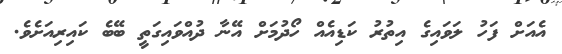
އެއަށް ފަހު ލަވައިގެ އިތުރު ކަޑިއެއް ހޯދުމަށް އޭނާ ދުއްވައިގަތީ ބޭބެ ކައިރިއަށެވެ.